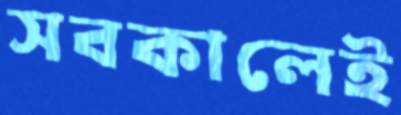
সবকালেই